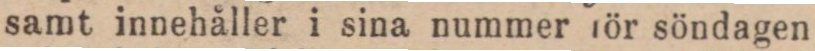
samt innehåller i sina nummer för söndagen